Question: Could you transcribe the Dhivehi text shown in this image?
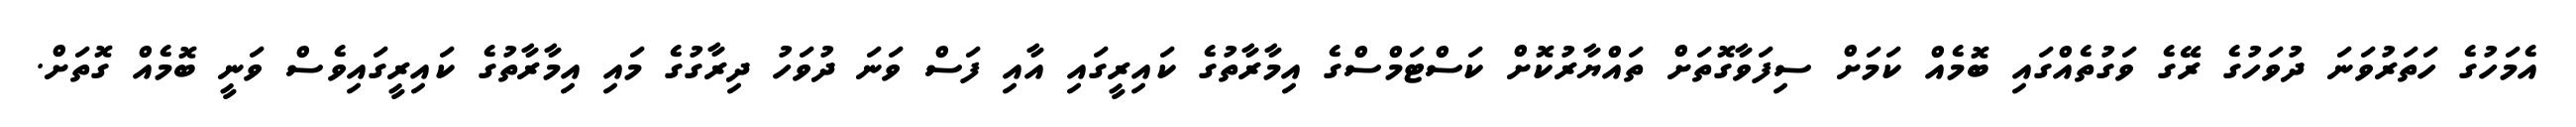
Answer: އެމަހުގެ ހަތަރުވަނަ ދުވަހުގެ ރޭގެ ވަގުތެއްގައި ބޮމެއް ކަމަށް ސިފަވާގޮތަށް ތައްޔާރުކޮށް ކަސްޓަމްސްގެ އިމާރާތުގެ ކައިރީގައި އާއި ފަސް ވަނަ ދުވަހު ދިރާގުގެ މައި އިމާރާތުގެ ކައިރީގައިވެސް ވަނީ ބޮމެއް ގޮތަށް.